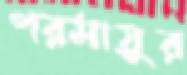
পরমায়ুর